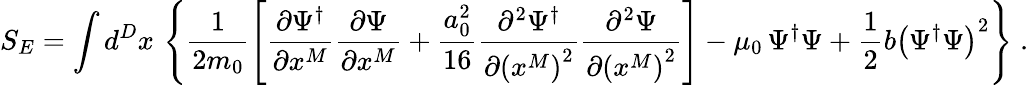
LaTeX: S_{E}=\int d^{D}x\, \left\{ \frac{1}{2m_{0}}\left[\frac{\partial\Psi^{\dagger}}{\partial x^{M}}\frac{\partial\Psi}{\partial x^{M}}+\frac{a_{0}^{2}}{16}\frac{\partial^{2}\Psi^{\dagger}}{\partial\left(x^{M}\right)^{2}}\frac{\partial^{2}\Psi}{\partial\left(x^{M}\right)^{2}}\right]-\mu_{0}\, \Psi^{\dagger}\Psi+\frac{1}{2}b\left(\Psi^{\dagger}\Psi\right)^{2}\right\} \; .